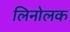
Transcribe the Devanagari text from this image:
लिनोलक